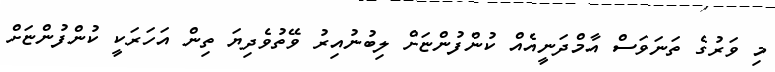
މި ވަރުގެ ތަނަވަސް އާމްދަނީއެއް ކުންފުންޏަށް ލިބުނުއިރު ވޭތުވެދިޔަ ތިން އަހަރަކީ ކުންފުންޏަށް